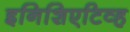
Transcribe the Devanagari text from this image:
इनिशिएटिव्ह